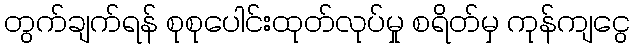
တွက်ချက်ရန် စုစုပေါင်းထုတ်လုပ်မှု စရိတ်မှ ကုန်ကျငွေ